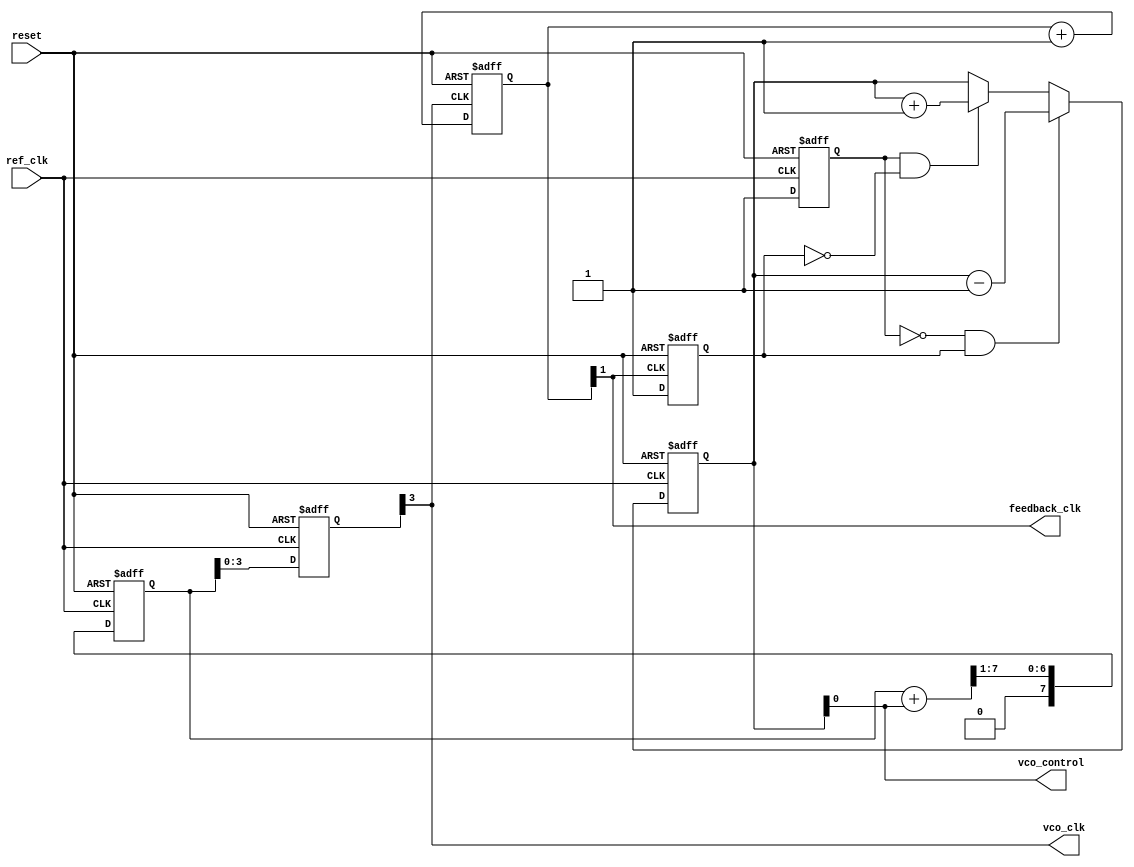
module low_jitter_pll (
    input wire ref_clk,           // Reference clock input
    input wire reset,             // Asynchronous reset
    output wire vco_clk,          // VCO output clock
    output wire vco_control,      // Control voltage for VCO
    output wire feedback_clk       // Feedback clock for PFD
);

    // Phase Frequency Detector (PFD)
    reg pfd_ref_edge, pfd_fb_edge;
    wire pfd_up, pfd_down;
    
    always @(posedge ref_clk or posedge reset) begin
        if (reset) begin
            pfd_ref_edge <= 0;
        end else begin
            pfd_ref_edge <= 1; // Ref clock edge detected
        end
    end

    always @(posedge feedback_clk or posedge reset) begin
        if (reset) begin
            pfd_fb_edge <= 0;
        end else begin
            pfd_fb_edge <= 1; // Feedback clock edge detected
        end
    end

    assign pfd_up = (pfd_ref_edge && !pfd_fb_edge);
    assign pfd_down = (!pfd_ref_edge && pfd_fb_edge);

    // Charge Pump (CP)
    reg [7:0] charge_pump; // Control voltage (8-bit for simplicity)
    
    always @(posedge ref_clk or posedge reset) begin
        if (reset) begin
            charge_pump <= 8'b0;
        end else begin
            if (pfd_up) charge_pump <= charge_pump + 1;
            if (pfd_down) charge_pump <= charge_pump - 1;
        end
    end

    assign vco_control = charge_pump;

    // Loop Filter (simple RC filter approximation)
    reg [7:0] loop_filter;
    
    always @(posedge ref_clk or posedge reset) begin
        if (reset) begin
            loop_filter <= 8'b0;
        end else begin
            loop_filter <= (loop_filter + vco_control) >> 1; // Simple averaging filter
        end
    end

    // Voltage-Controlled Oscillator (VCO)
    reg [3:0] vco_counter; // Counter for generating the VCO clock
    assign vco_clk = (vco_counter[3] == 1'b1); // Output from VCO

    always @(posedge ref_clk or posedge reset) begin
        if (reset) begin
            vco_counter <= 4'b0;
        end else begin
            vco_counter <= loop_filter; // Use loop filter output to control frequency
        end
    end

    // Feedback Divider
    reg [1:0] feedback_divider; // 2:1 feedback divider for simplicity
    always @(posedge vco_clk or posedge reset) begin
        if (reset) begin
            feedback_divider <= 2'b0;
        end else begin
            feedback_divider <= feedback_divider + 1;
        end
    end

    assign feedback_clk = feedback_divider[1]; // Feedback to PFD

endmodule